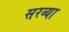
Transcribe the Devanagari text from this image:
सरव्या